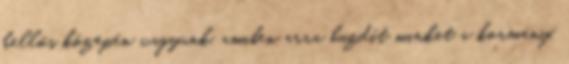
kellős közepén vagyunk, amiben arra buzdít minket a kormány,